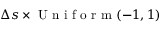
\Delta s \times \mathrm { ~ U ~ n ~ i ~ f ~ o ~ r ~ m ~ } ( - 1 , 1 )